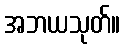
အဘယသုတ်။